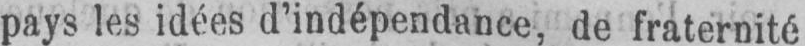
pays les idées d’indépendance, de fraternité